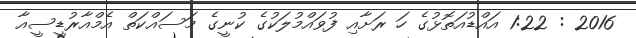
2016 : 1:22 އައްޑުއަތޮޅުގެ ހަ ރަށާއި ފުވައްމުލަކުގެ ކުނީގެ މަސައްކަތް އެމްއާރުޑީސީއާ